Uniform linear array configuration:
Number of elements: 24
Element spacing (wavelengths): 0.75
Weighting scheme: blackman
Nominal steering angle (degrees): -15
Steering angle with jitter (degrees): -16.143
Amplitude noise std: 0.05
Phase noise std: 0.05

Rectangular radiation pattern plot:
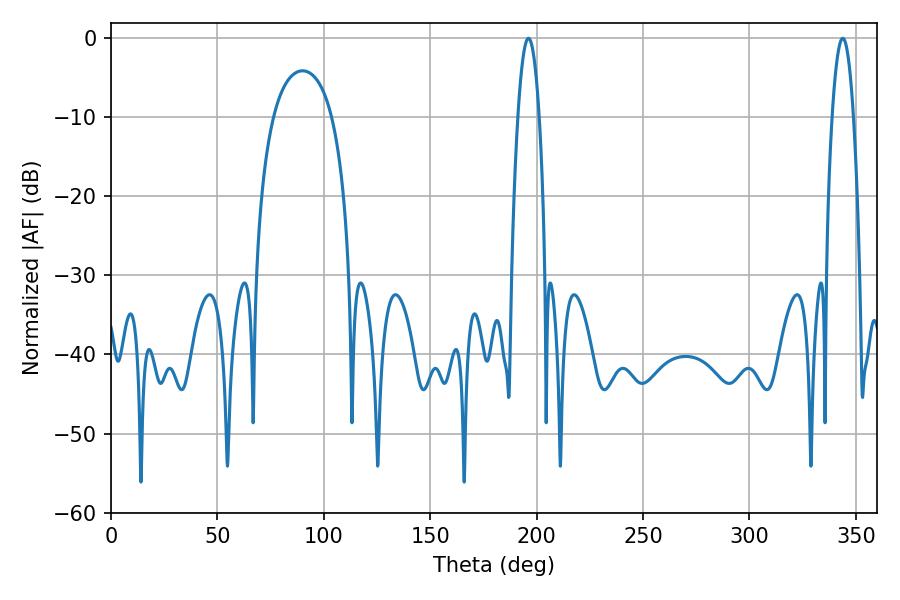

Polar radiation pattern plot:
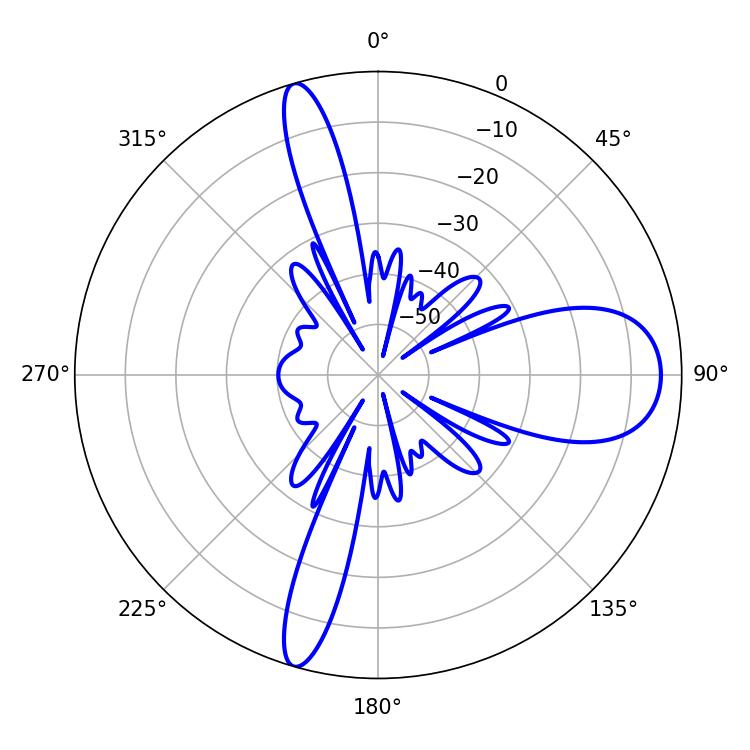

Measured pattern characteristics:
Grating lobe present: TRUE
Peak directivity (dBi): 13.857
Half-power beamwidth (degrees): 5.4
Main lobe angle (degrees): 343.8